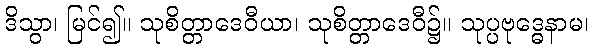
ဒိသွာ၊ မြင်၍။ သုစိတ္တာဒေဝီယာ၊ သုစိတ္တာဒေဝီ၌။ သုပ္ပဗုဒ္ဓေနာမ၊